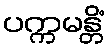
ပက္ကမန္တိံ